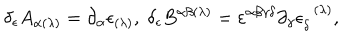
\delta _ { \epsilon } A _ { \alpha ( \lambda ) } = \partial _ { \alpha } \epsilon _ { ( \lambda ) } , \; \delta _ { \epsilon } B ^ { \alpha \beta ( \lambda ) } = \varepsilon ^ { \alpha \beta \gamma \delta } \partial _ { \gamma } \epsilon _ { \delta } ^ { \; \; ( \lambda ) } ,